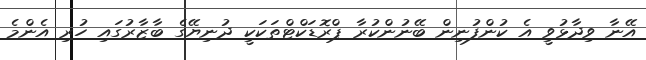
އޭނާ ވިދާޅުވީ އެ ކުންފުނިން ބޭނުންކުރާ ޕްރޮޑަކްޓްތަކަކީ ދުނިޔޭގެ ބާޒާރުގައި ހުރި އެންމެ